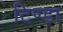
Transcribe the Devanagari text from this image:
टिण्डा